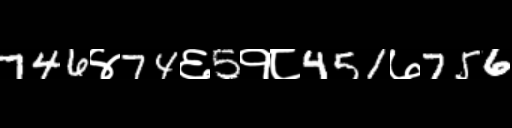
Text: 746४74६5१८451७756